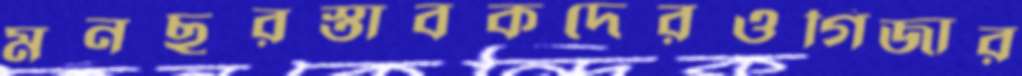
মনছুরস্তাবকদেরওগিজার